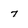
Character: 7